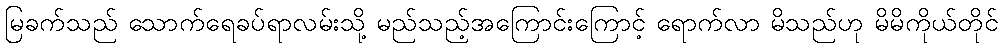
မြခက်သည် သောက်ရေခပ်ရာလမ်းသို့ မည်သည့်အကြောင်းကြောင့် ရောက်လာ မိသည်ဟု မိမိကိုယ်တိုင်